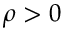
\rho > 0